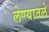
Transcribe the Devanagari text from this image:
लेण्यातले